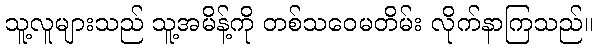
သူ့လူများသည် သူ့အမိန့်ကို တစ်သဝေမတိမ်း လိုက်နာကြသည်။